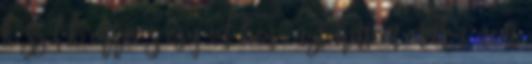
készülök erre, s egy időben, azt hittem, talán nem